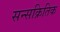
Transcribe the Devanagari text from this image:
सन्सक्रितिक